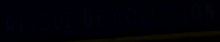
arabianstandard.com